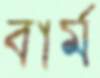
বার্ম